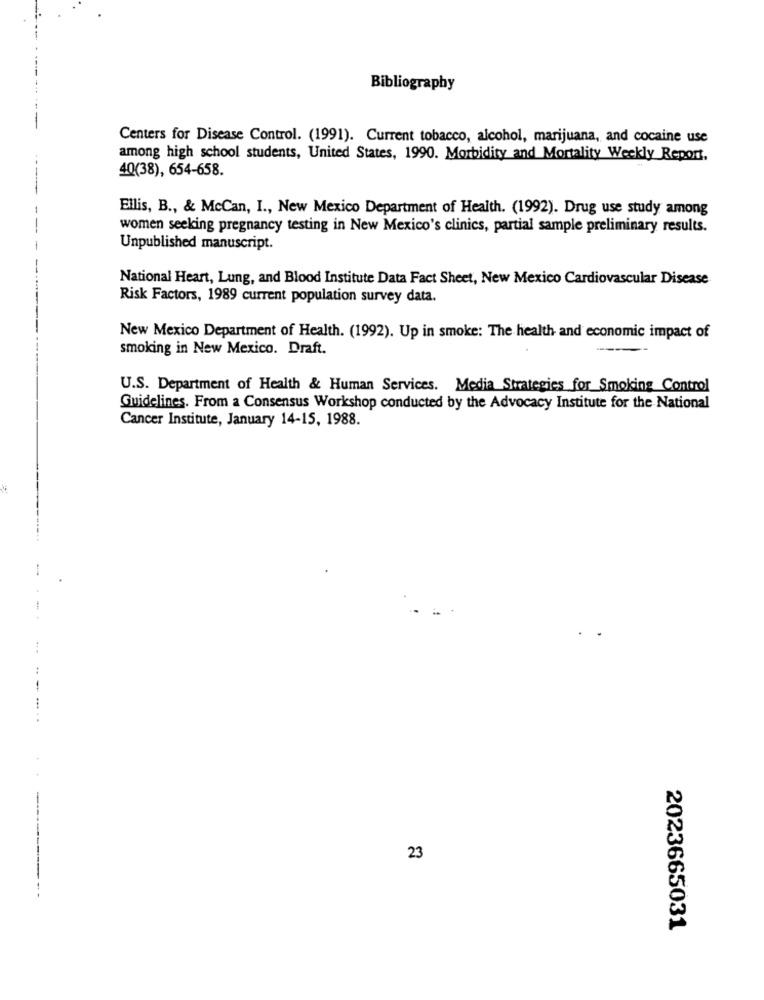
Bibliography
Centers for Disease Control. (1991). Current tobacco, alcohol, marijuana, and cocaine use
among high school students, United States, 1990. Morbidity and Mortality Weekly Report,
40(38), 654-658.
Ellis, B ., & McCan, I ., New Mexico Department of Health. (1992). Drug use study among
women seeking pregnancy testing in New Mexico's clinics, partial sample preliminary results.
Unpublished manuscript.
National Heart, Lung, and Blood Institute Data Fact Sheet, New Mexico Cardiovascular Disease
Risk Factors, 1989 current population survey data.
New Mexico Department of Health. (1992). Up in smoke: The health and economic impact of
smoking in New Mexico. Draft.
U.S. Department of Health & Human Services. Media Strategies for Smoking Control
Guidelines. From a Consensus Workshop conducted by the Advocacy Institute for the National
Cancer Institute, January 14-15, 1988.
23
2023665031